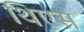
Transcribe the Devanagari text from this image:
थिएस